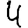
Digit: 4